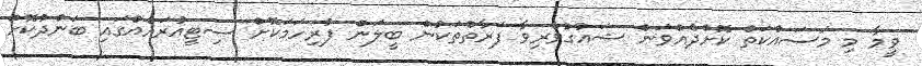
ވީމާ މި މަސައްކަތް ކޮށްދެއްވަން ޝައުގުވެރިވާ ފަރާތްތަކުން ބީލަން ފުރިހަމަކޮށް ސިޓީއުރައެއްގައި ބަންދުކޮށް